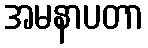
အမနာပတာ